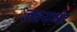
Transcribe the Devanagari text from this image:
लक्ष्यभेद